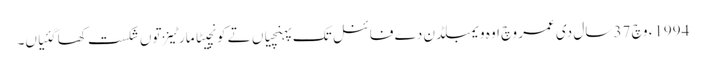
1994ء وچ 37 سال د‏‏ی عمر وچ اوہ ویمبلڈن دے فائنل تک پہنچیاں تے کونچیٹا مارٹینز تو‏ں شکست کھا گئیاں۔